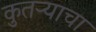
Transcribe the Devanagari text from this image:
कुतऱ्याचा